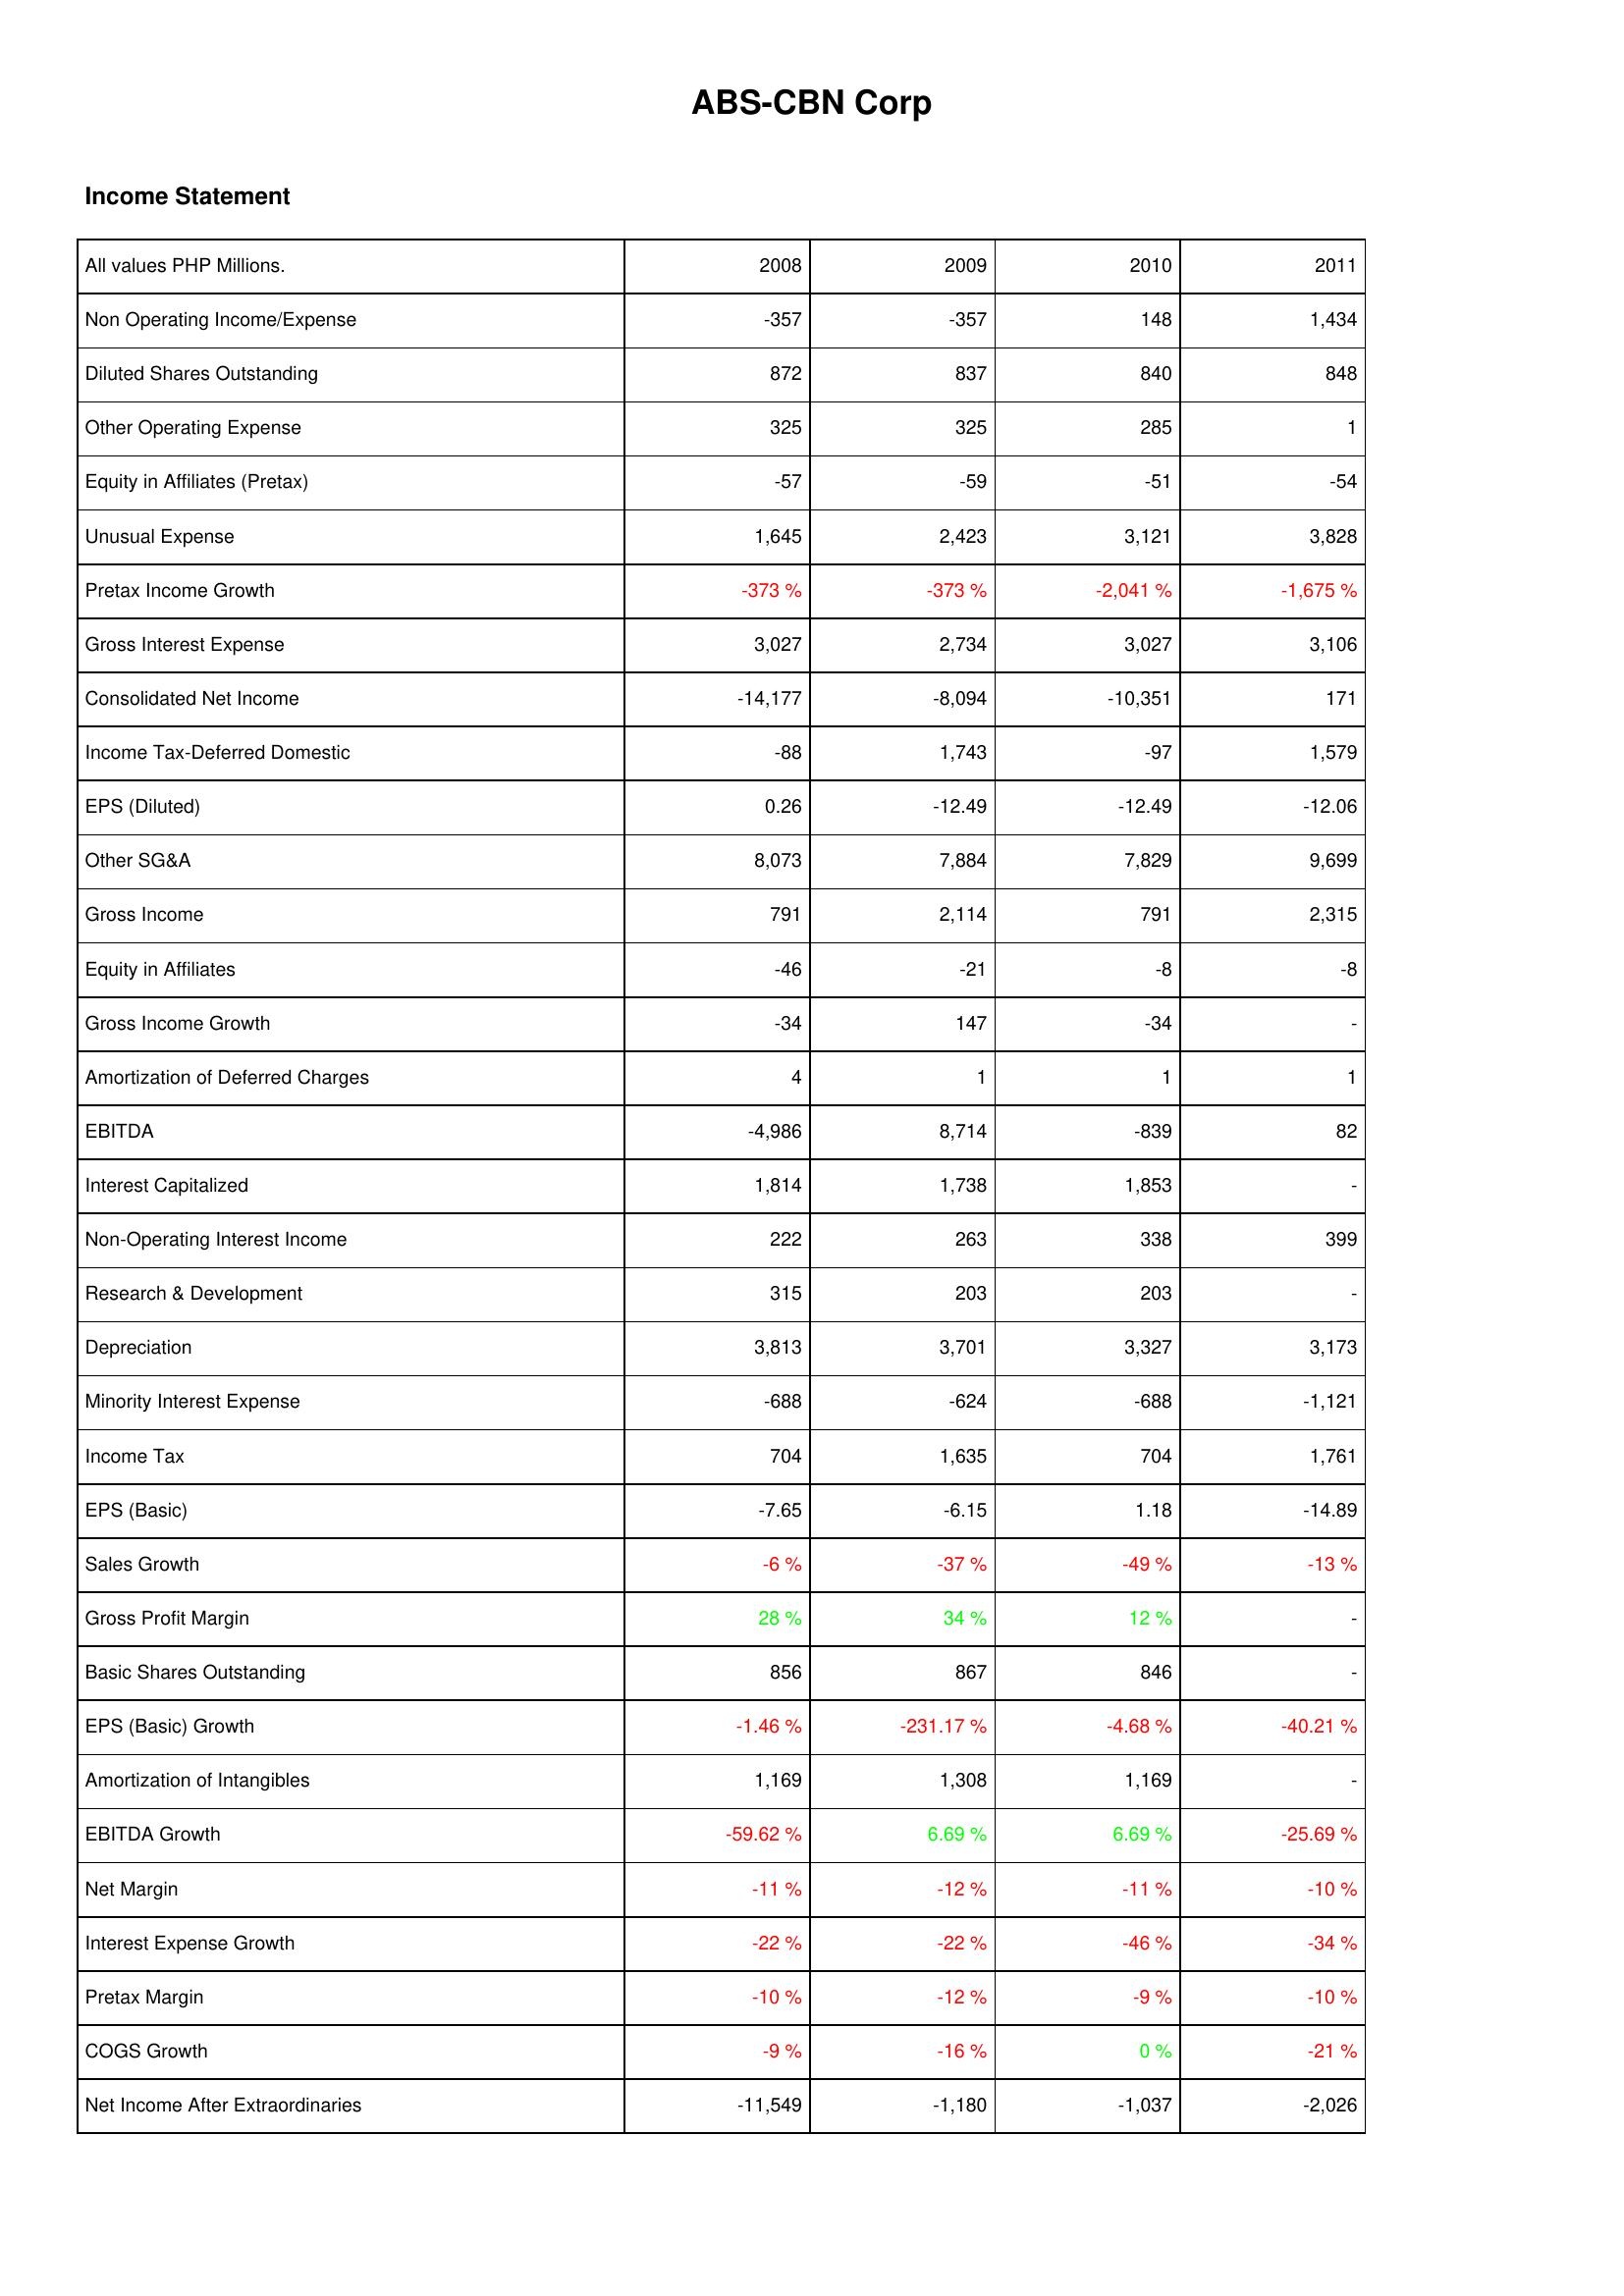
2008: Income Statement: Non Operating Income/Expense: -357
Diluted Shares Outstanding: 872
Other Operating Expense: 325
Equity in Affiliates (Pretax): -57
Unusual Expense: 1,645
Pretax Income Growth: -373 %
Gross Interest Expense: 3,027
Consolidated Net Income: -14,177
Income Tax-Deferred Domestic: -88
EPS (Diluted): 0.26
Other SG&A: 8,073
Gross Income: 791
Equity in Affiliates: -46
Gross Income Growth: -34
Amortization of Deferred Charges: 4
EBITDA: -4,986
Interest Capitalized: 1,814
Non-Operating Interest Income: 222
Research & Development: 315
Depreciation: 3,813
Minority Interest Expense: -688
Income Tax: 704
EPS (Basic): -7.65
Sales Growth: -6 %
Gross Profit Margin: 28 %
Basic Shares Outstanding: 856
EPS (Basic) Growth: -1.46 %
Amortization of Intangibles: 1,169
EBITDA Growth: -59.62 %
Net Margin: -11 %
Interest Expense Growth: -22 %
Pretax Margin: -10 %
COGS Growth: -9 %
Net Income After Extraordinaries: -11,549
2009: Income Statement: Non Operating Income/Expense: -357
Diluted Shares Outstanding: 837
Other Operating Expense: 325
Equity in Affiliates (Pretax): -59
Unusual Expense: 2,423
Pretax Income Growth: -373 %
Gross Interest Expense: 2,734
Consolidated Net Income: -8,094
Income Tax-Deferred Domestic: 1,743
EPS (Diluted): -12.49
Other SG&A: 7,884
Gross Income: 2,114
Equity in Affiliates: -21
Gross Income Growth: 147
Amortization of Deferred Charges: 1
EBITDA: 8,714
Interest Capitalized: 1,738
Non-Operating Interest Income: 263
Research & Development: 203
Depreciation: 3,701
Minority Interest Expense: -624
Income Tax: 1,635
EPS (Basic): -6.15
Sales Growth: -37 %
Gross Profit Margin: 34 %
Basic Shares Outstanding: 867
EPS (Basic) Growth: -231.17 %
Amortization of Intangibles: 1,308
EBITDA Growth: 6.69 %
Net Margin: -12 %
Interest Expense Growth: -22 %
Pretax Margin: -12 %
COGS Growth: -16 %
Net Income After Extraordinaries: -1,180
2010: Income Statement: Non Operating Income/Expense: 148
Diluted Shares Outstanding: 840
Other Operating Expense: 285
Equity in Affiliates (Pretax): -51
Unusual Expense: 3,121
Pretax Income Growth: -2,041 %
Gross Interest Expense: 3,027
Consolidated Net Income: -10,351
Income Tax-Deferred Domestic: -97
EPS (Diluted): -12.49
Other SG&A: 7,829
Gross Income: 791
Equity in Affiliates: -8
Gross Income Growth: -34
Amortization of Deferred Charges: 1
EBITDA: -839
Interest Capitalized: 1,853
Non-Operating Interest Income: 338
Research & Development: 203
Depreciation: 3,327
Minority Interest Expense: -688
Income Tax: 704
EPS (Basic): 1.18
Sales Growth: -49 %
Gross Profit Margin: 12 %
Basic Shares Outstanding: 846
EPS (Basic) Growth: -4.68 %
Amortization of Intangibles: 1,169
EBITDA Growth: 6.69 %
Net Margin: -11 %
Interest Expense Growth: -46 %
Pretax Margin: -9 %
COGS Growth: 0 %
Net Income After Extraordinaries: -1,037
2011: Income Statement: Non Operating Income/Expense: 1,434
Diluted Shares Outstanding: 848
Other Operating Expense: 1
Equity in Affiliates (Pretax): -54
Unusual Expense: 3,828
Pretax Income Growth: -1,675 %
Gross Interest Expense: 3,106
Consolidated Net Income: 171
Income Tax-Deferred Domestic: 1,579
EPS (Diluted): -12.06
Other SG&A: 9,699
Gross Income: 2,315
Equity in Affiliates: -8
Gross Income Growth: -
Amortization of Deferred Charges: 1
EBITDA: 82
Interest Capitalized: -
Non-Operating Interest Income: 399
Research & Development: -
Depreciation: 3,173
Minority Interest Expense: -1,121
Income Tax: 1,761
EPS (Basic): -14.89
Sales Growth: -13 %
Gross Profit Margin: -
Basic Shares Outstanding: -
EPS (Basic) Growth: -40.21 %
Amortization of Intangibles: -
EBITDA Growth: -25.69 %
Net Margin: -10 %
Interest Expense Growth: -34 %
Pretax Margin: -10 %
COGS Growth: -21 %
Net Income After Extraordinaries: -2,026